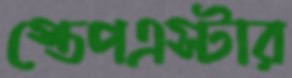
স্তেপএস্টার